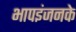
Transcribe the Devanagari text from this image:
भापइंजनके